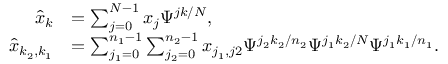
\begin{array} { r l } { \hat { x } _ { k } } & { = \sum _ { j = 0 } ^ { N - 1 } x _ { j } \Psi ^ { j k / N } , } \\ { \hat { x } _ { k _ { 2 } , k _ { 1 } } } & { = \sum _ { j _ { 1 } = 0 } ^ { n _ { 1 } - 1 } \sum _ { j _ { 2 } = 0 } ^ { n _ { 2 } - 1 } x _ { j _ { 1 } , j 2 } \Psi ^ { j _ { 2 } k _ { 2 } / n _ { 2 } } \Psi ^ { j _ { 1 } k _ { 2 } / N } \Psi ^ { j _ { 1 } k _ { 1 } / n _ { 1 } } . } \end{array}